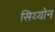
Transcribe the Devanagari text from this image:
सिय्योन